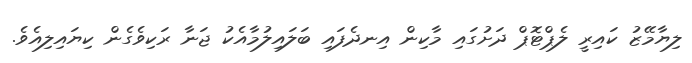
ލިޔާމޭޒު ކައިރީ ލެޕްޓޮޕް ދަށުގައި މާކިން އިނދެފައި ބަލައިލުމާއެކު ޖަނާ ރަކިވެގެން ކިޔައިލިއެވެ.